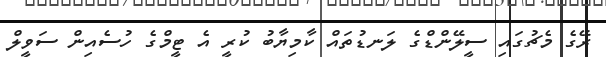
ރޭގެ މެޗުގައި ސީލޭންޑްގެ ލަނޑުތައް ކާމިޔާބު ކުރީ އެ ޓީމްގެ ހުސެއިން ސަވީލް